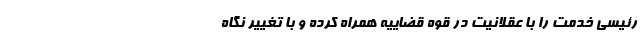
رئیسی خدمت را با عقلانیت در قوه قضاییه همراه کرده و با تغییر نگاه